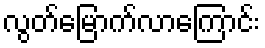
လွတ်မြောက်လာကြောင်း